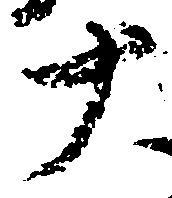
十